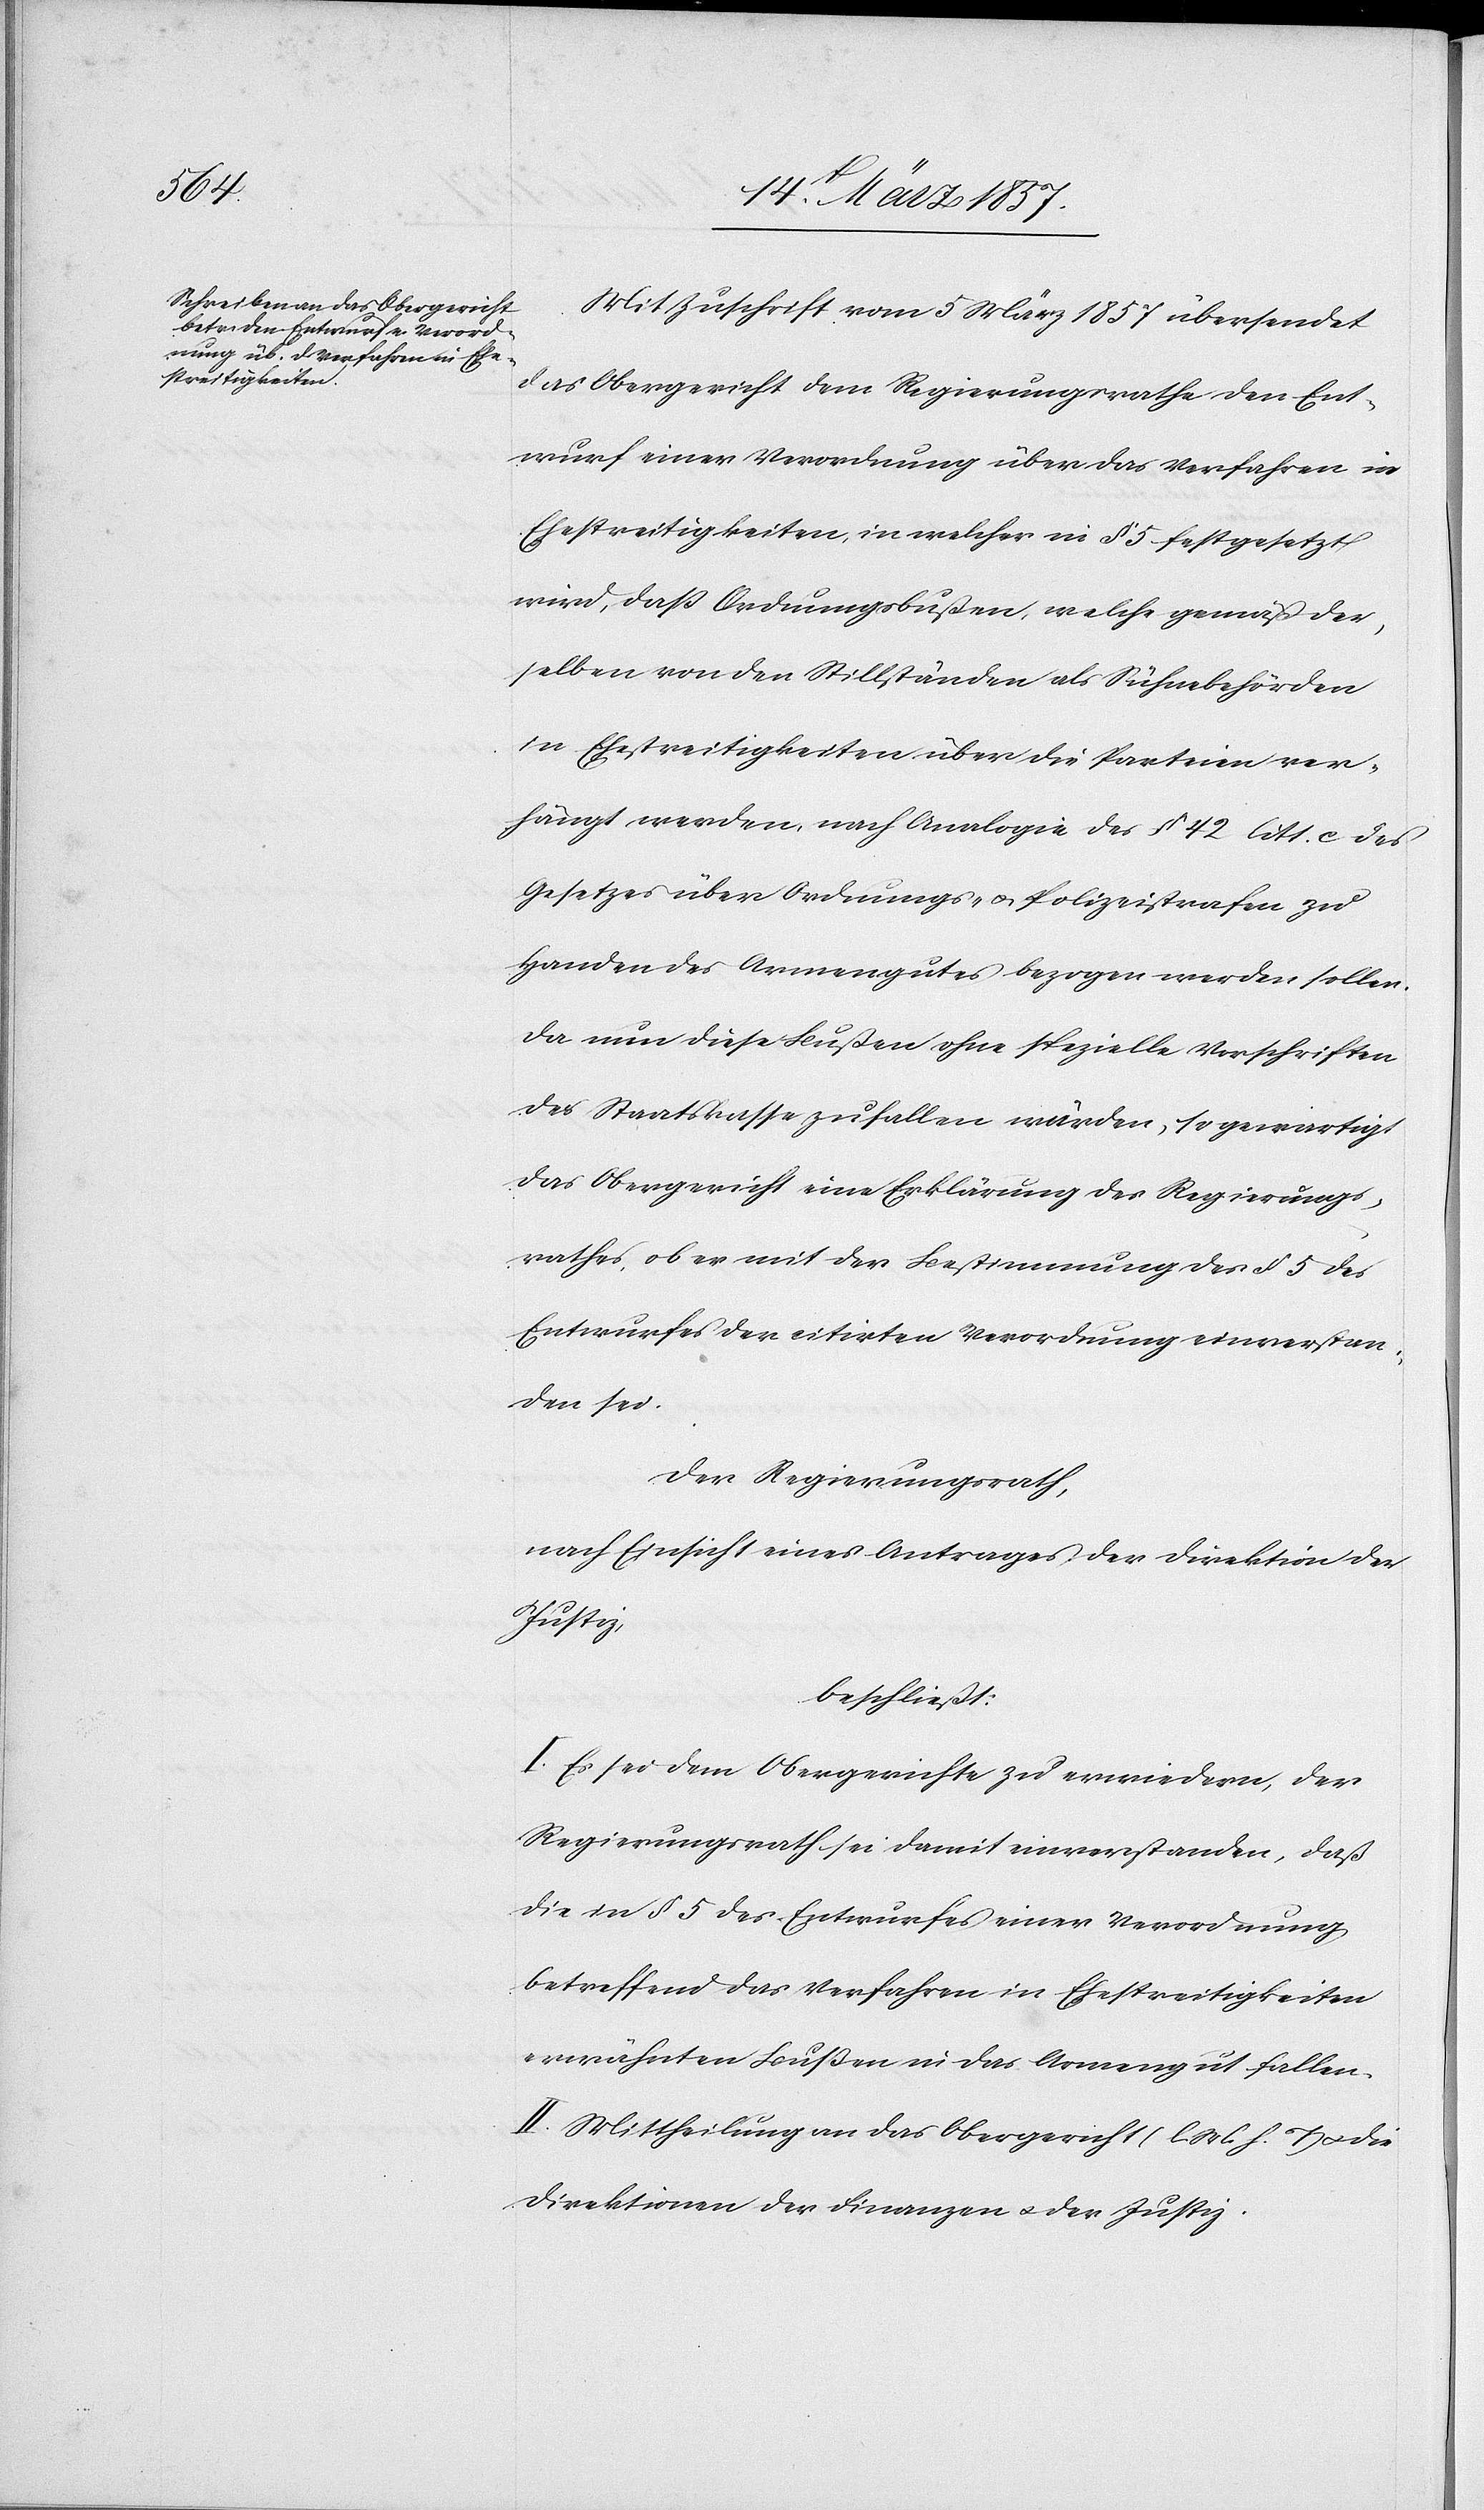
Mit Zuschrift vom 5 März 1857 übersendet
das Obergericht dem Regierungsrathe den Ent¬
wurf einer Verordnung über das Verfahren in
Ehestreitigkeiten, in welcher in § 5 festgesetzt
wird, daß Ordnungsbußen, welche gemäß der¬
selben von den Stillständen als Sühnebehörden
in Ehestreitigkeiten über die Parteien ver¬
hängt werden, nach Analogie des § 42 litt. c des
Gesetzes über Ordnungs- u. Polizeistrafen zu
Handen des Armengutes bezogen werden sollen.
Da nun diese Bußen ohne spezielle Vorschriften
der Staatskasse zufallen würden, so gewartigt
das Obergericht eine Erklärung des Regierungs¬
rathes, ob er mit der Bestimmung des § 5 des
Entwurfes der citirten Verordnung einverstan¬
den sei.
Der Regierungsrath,
nach Einsicht eines Antrages der Direktion der
Justiz,
beschließt:
I. Es sei dem Bezirksgerichte zu erwiedern, der
Regierungsrath sei damit einverstanden, daß
die in § 5 des Entwurfes einer Verordnung
betreffend das Verfahren in Ehestreitigkeiten
erwähnten Bußen in das Armengut fallen.
II. Mittheilung an das Obergericht (l. M. h. T) u. die
Direktion der Finanzen u. der Justiz.